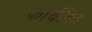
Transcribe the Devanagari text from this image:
कार्यवित